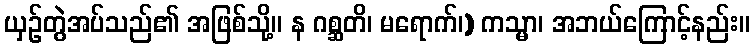
ယှဉ်တွဲအပ်သည်၏ အဖြစ်သို့။ န ဂစ္ဆတိ၊ မရောက်၊) ကသ္မာ၊ အဘယ်ကြောင့်နည်း။